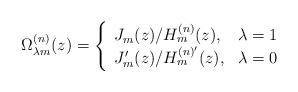
LaTeX: \begin{align*}\Omega _{\lambda m}^{(n)}(z)=\left\{ \begin{array}{ll}J_m(z)/H^{(n)}_m(z), & \lambda =1 \\J'_m(z)/H^{(n)'}_m(z), & \lambda =0 \end{array} \right.\end{align*}